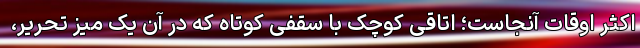
اکثر اوقات آنجاست؛ اتاقی کوچک با سقفی کوتاه که در آن یک میز تحریر،